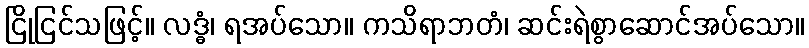
ငြိုငြင်သဖြင့်။ လဒ္ဓံ၊ ရအပ်သော။ ကသိရာဘတံ၊ ဆင်းရဲစွာဆောင်အပ်သော။